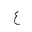
Letter: _ayn